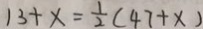
1 3 + x = \frac { 1 } { 2 } ( 4 7 + x )